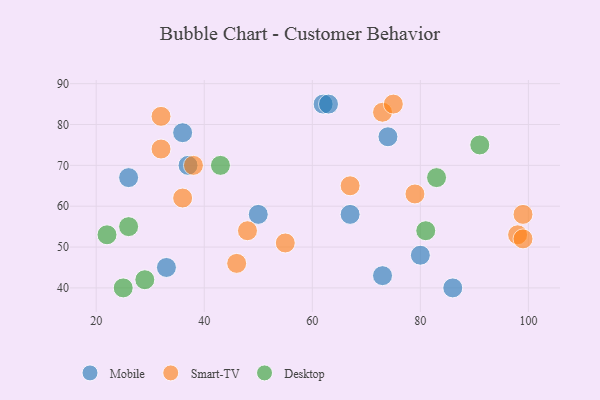
{"axis": {"x": "GDP", "y": "Life Expectancy"}, "legend": ["Desktop", "Mobile", "Smart-TV"], "data": [{"x": "80", "y": 48, "type": "Mobile"}, {"x": "73", "y": 43, "type": "Mobile"}, {"x": "62", "y": 85, "type": "Mobile"}, {"x": "67", "y": 58, "type": "Mobile"}, {"x": "74", "y": 77, "type": "Mobile"}, {"x": "37", "y": 70, "type": "Mobile"}, {"x": "36", "y": 78, "type": "Mobile"}, {"x": "33", "y": 45, "type": "Mobile"}, {"x": "26", "y": 67, "type": "Mobile"}, {"x": "50", "y": 58, "type": "Mobile"}, {"x": "86", "y": 40, "type": "Mobile"}, {"x": "63", "y": 85, "type": "Mobile"}, {"x": "79", "y": 63, "type": "Smart-TV"}, {"x": "46", "y": 46, "type": "Smart-TV"}, {"x": "98", "y": 53, "type": "Smart-TV"}, {"x": "55", "y": 51, "type": "Smart-TV"}, {"x": "48", "y": 54, "type": "Smart-TV"}, {"x": "67", "y": 65, "type": "Smart-TV"}, {"x": "32", "y": 82, "type": "Smart-TV"}, {"x": "99", "y": 58, "type": "Smart-TV"}, {"x": "73", "y": 83, "type": "Smart-TV"}, {"x": "32", "y": 74, "type": "Smart-TV"}, {"x": "99", "y": 52, "type": "Smart-TV"}, {"x": "75", "y": 85, "type": "Smart-TV"}, {"x": "36", "y": 62, "type": "Smart-TV"}, {"x": "38", "y": 70, "type": "Smart-TV"}, {"x": "22", "y": 53, "type": "Desktop"}, {"x": "29", "y": 42, "type": "Desktop"}, {"x": "91", "y": 75, "type": "Desktop"}, {"x": "26", "y": 55, "type": "Desktop"}, {"x": "81", "y": 54, "type": "Desktop"}, {"x": "83", "y": 67, "type": "Desktop"}, {"x": "43", "y": 70, "type": "Desktop"}, {"x": "25", "y": 40, "type": "Desktop"}]}